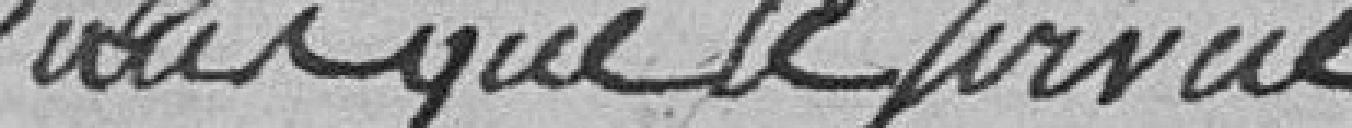
sans que le service